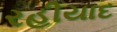
રહીયાદ